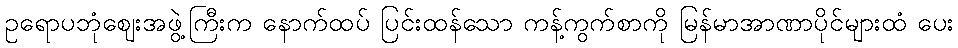
ဥရောပဘုံဈေးအဖွဲ့ကြီးက နောက်ထပ် ပြင်းထန်သော ကန့်ကွက်စာကို မြန်မာအာဏာပိုင်များထံ ပေး